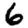
Digit: 6